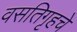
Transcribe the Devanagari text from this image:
वसतिगृहचे